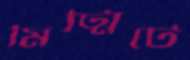
মিট্‌মিটে